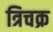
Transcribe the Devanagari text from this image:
त्रिचक्र